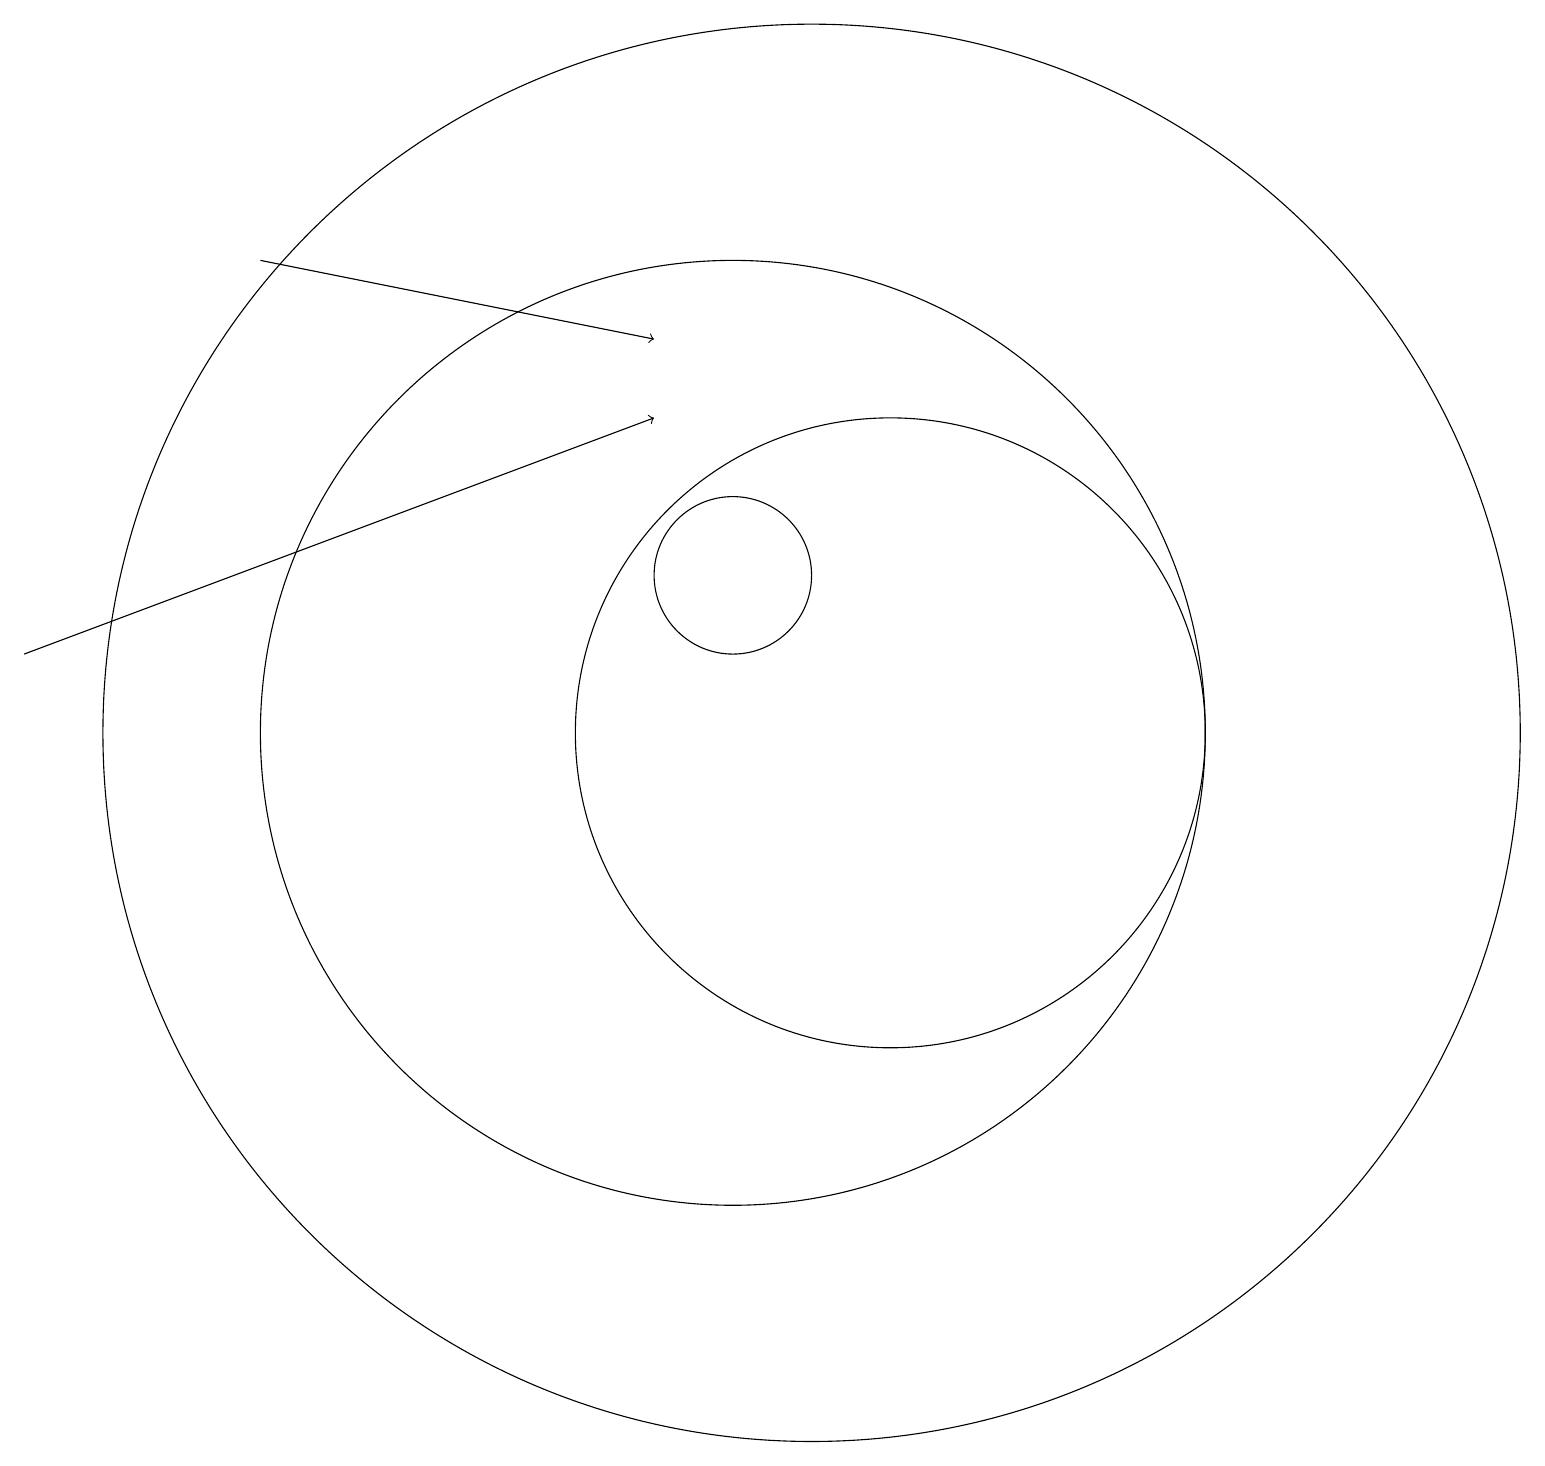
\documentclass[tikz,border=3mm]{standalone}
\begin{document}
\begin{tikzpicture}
\draw[->] (1,11) -- (9,14);
\draw (10,12) circle (1);
\draw (12,10) circle (4);
\draw (11,10) circle (9);
\draw[->] (4,16) -- (9,15);
\draw (10,10) circle (6);
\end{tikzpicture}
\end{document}